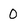
Character: 0